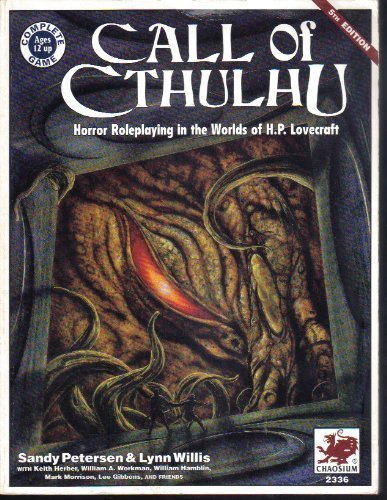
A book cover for Call Of Cthulhu: Horror Roleplaying In the Worlds Of H.P. Lovecraft (5th Edition - Chaosium #2336); Sandy Petersen; Science Fiction & Fantasy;